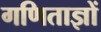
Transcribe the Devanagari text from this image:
गणिताज्ञों